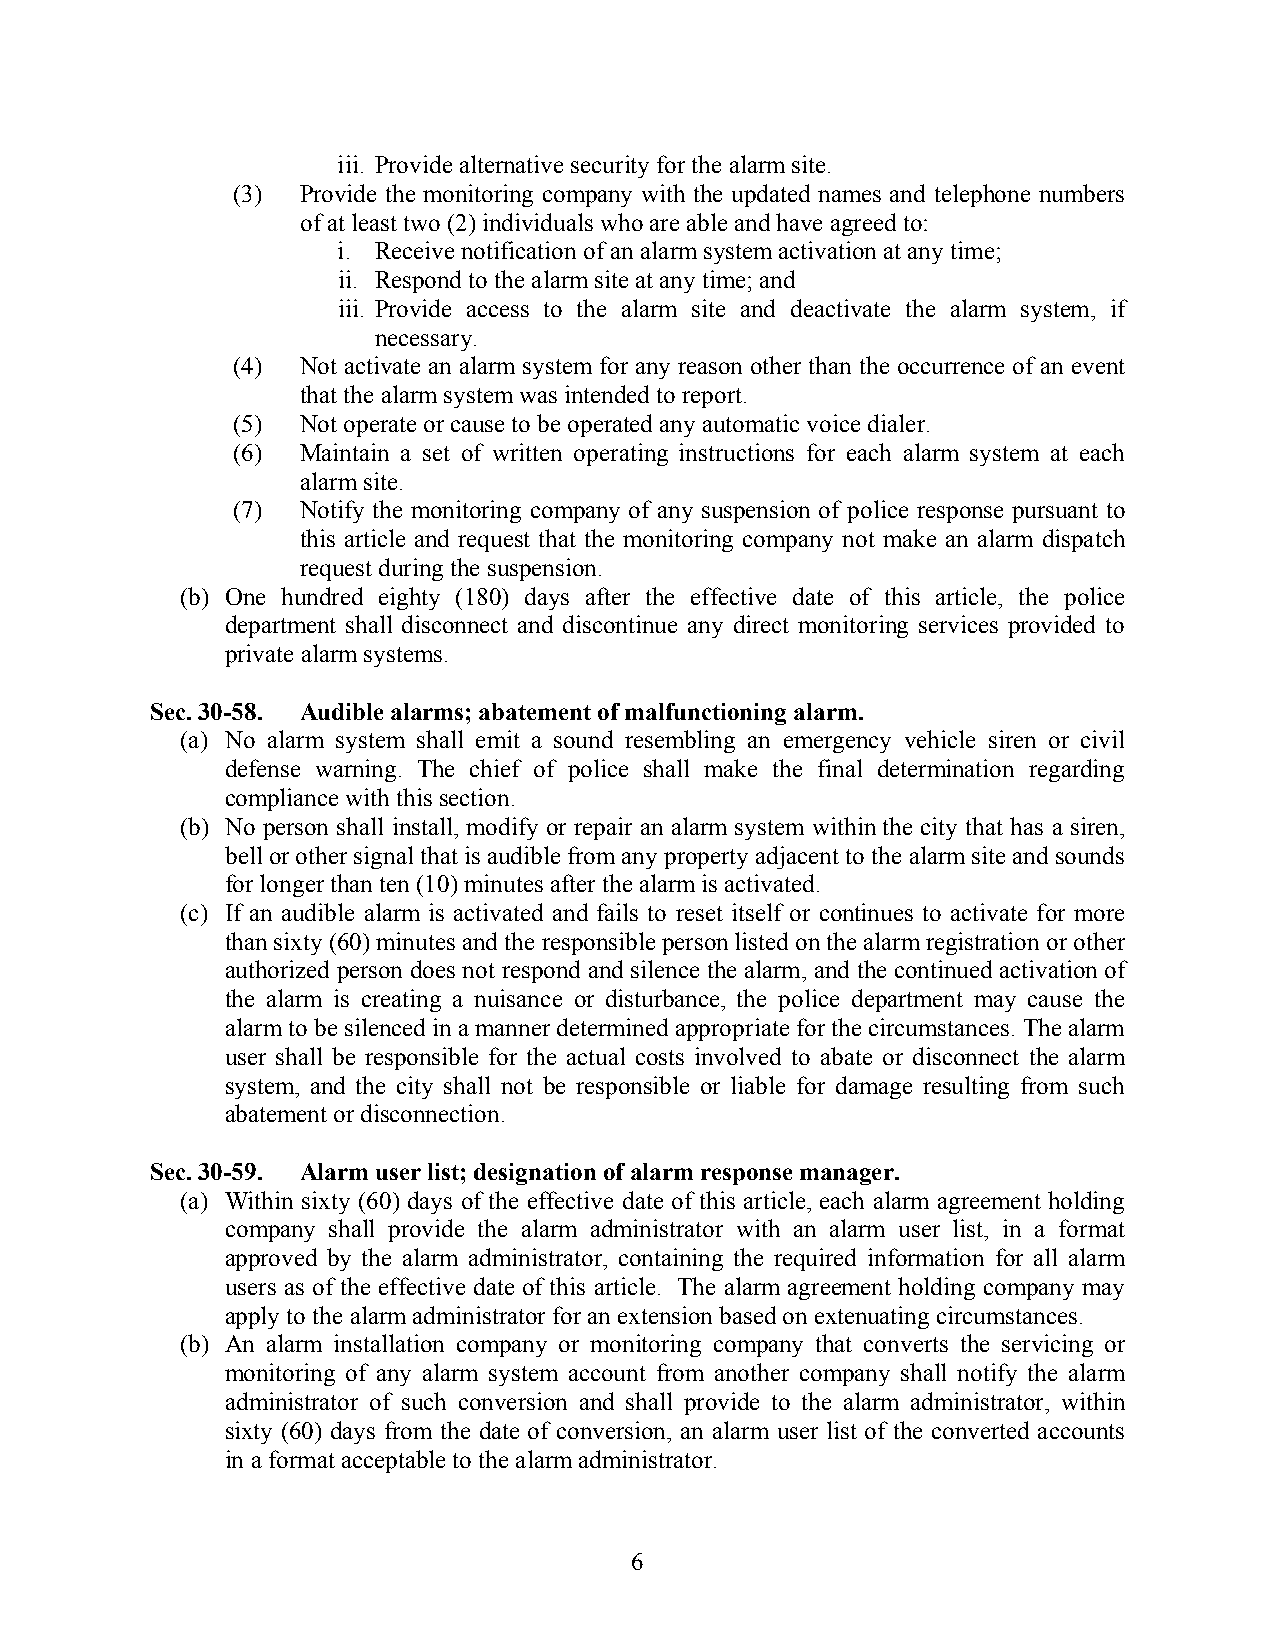
iii. Provide alternative security for the alarm site.
 (3)  Provide the monitoring company with the updated names and telephone numbers
 of at least two (2) individuals who are able and have agreed to:
 i. Receive notification of an alarm system activation at any time;
 ii. Respond to the alarm site at any time; and
 iii. Provide access to the alarm site and deactivate the alarm system, if
 necessary.
 (4)  Not activate an alarm system for any reason other than the occurrence of an event
 that the alarm system was intended to report.
 (5)  Not operate or cause to be operated any automatic voice dialer.
 (6)  Maintain a set of written operating instructions for each alarm system at each
 alarm site.
 (7)  Notify the monitoring company of any suspension of police response pursuant to
 this article and request that the monitoring company not make an alarm dispatch
 request during the suspension.
 (b) One hundred eighty (180) days after the effective date of this article, the police
 department shall disconnect and discontinue any direct monitoring services provided to
 private alarm systems.
 Sec. 30-58. Audible alarms; abatement of malfunctioning alarm.
 (a) No alarm system shall emit a sound resembling an emergency vehicle siren or civil
 defense warning. The chief of police shall make the final determination regarding
 compliance with this section.
 (b) No person shall install, modify or repair an alarm system within the city that has a siren,
 bell or other signal that is audible from any property adjacent to the alarm site and sounds
 for longer than ten (10) minutes after the alarm is activated.
 (c) If an audible alarm is activated and fails to reset itself or continues to activate for more
 than sixty (60) minutes and the responsible person listed on the alarm registration or other
 authorized person does not respond and silence the alarm, and the continued activation of
 the alarm is creating a nuisance or disturbance, the police department may cause the
 alarm to be silenced in a manner determined appropriate for the circumstances. The alarm
 user shall be responsible for the actual costs involved to abate or disconnect the alarm
 system, and the city shall not be responsible or liable for damage resulting from such
 abatement or disconnection.
 Sec. 30-59. Alarm user list; designation of alarm response manager.
 (a) Within sixty (60) days of the effective date of this article, each alarm agreement holding
 company shall provide the alarm administrator with an alarm user list, in a format
 approved by the alarm administrator, containing the required information for all alarm
 users as of the effective date of this article. The alarm agreement holding company may
 apply to the alarm administrator for an extension based on extenuating circumstances.
 (b) An alarm installation company or monitoring company that converts the servicing or
 monitoring of any alarm system account from another company shall notify the alarm
 administrator of such conversion and shall provide to the alarm administrator, within
 sixty (60) days from the date of conversion, an alarm user list of the converted accounts
 in a format acceptable to the alarm administrator.
 6